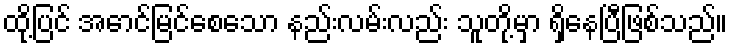
ထို့ပြင် အောင်မြင်စေသော နည်းလမ်းလည်း သူတို့မှာ ရှိနေပြီဖြစ်သည်။